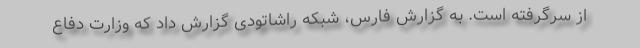
از سرگرفته است. به گزارش فارس، شبکه راشاتودی گزارش داد که وزارت دفاع